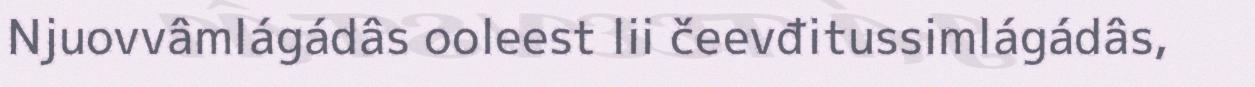
Njuovvâmlágádâs ooleest lii čeevđitussimlágádâs,